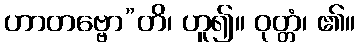
ဟာတဗ္ဗော”တိ၊ ဟူ၍။ ဝုတ္တံ၊ ၏။